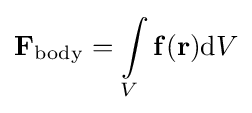
\mathbf {F} _{\mathrm {body} }=\int \limits _{V}\mathbf {f} (\mathbf {r} )\mathrm {d} V